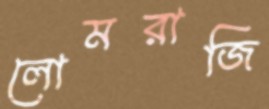
লোমরাজি